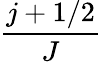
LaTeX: \frac{j+1/2}{J}